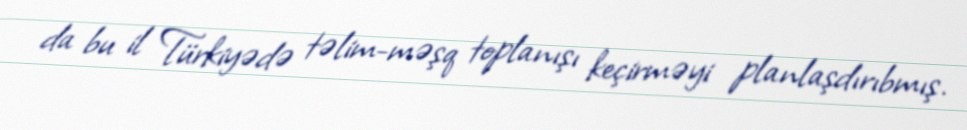
da bu il Türkiyədə təlim-məşq toplanışı keçirməyi planlaşdırıbmış.